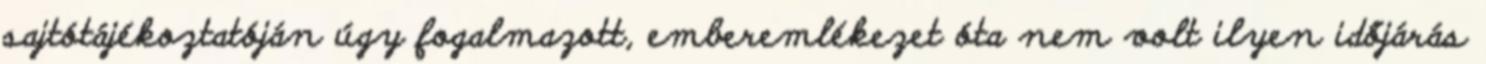
sajtótájékoztatóján úgy fogalmazott, emberemlékezet óta nem volt ilyen időjárás